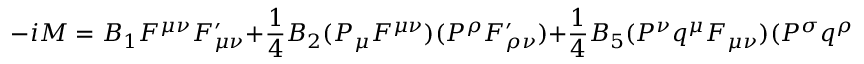
- i { \cal M } = B _ { 1 } F ^ { \mu \nu } F _ { \mu \nu } ^ { \prime } + \frac { 1 } { 4 } B _ { 2 } ( P _ { \mu } F ^ { \mu \nu } ) ( P ^ { \rho } F _ { \rho \nu } ^ { \prime } ) + \frac { 1 } { 4 } B _ { 5 } ( P ^ { \nu } q ^ { \mu } F _ { \mu \nu } ) ( P ^ { \sigma } q ^ { \rho } F _ { \rho \sigma } ^ { \prime } ) ,